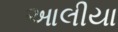
આલીયા